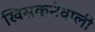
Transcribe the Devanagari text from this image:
खिसकनेवाली